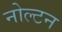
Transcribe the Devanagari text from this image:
नोल्टन